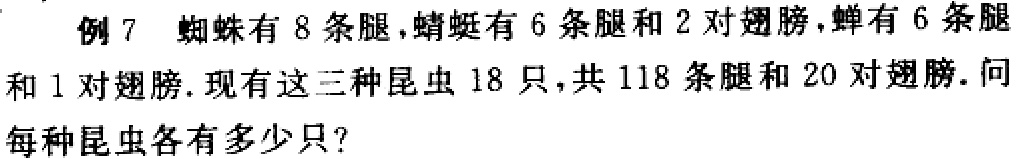
例 7 蜘蛛有 8 条腿，蜻蜓有 6 条腿和 2 对翅膀，蝉有 6 条腿和 1 对翅膀. 现有这三种昆虫 18 只，共 118 条腿和 20 对翅膀. 问每种昆虫各有多少只？